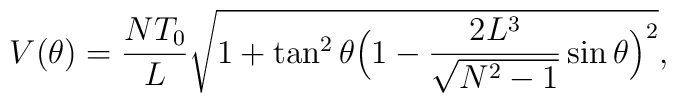
V(\theta) = \frac{NT_0}{L}         \sqrt{ 1 + \tan^2{\theta}                 \Bigl(1-\frac{2L^3}{\sqrt{N^2-1}}\sin{\theta} \Bigr)^2},